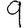
Digit: 9